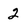
Character: 2